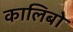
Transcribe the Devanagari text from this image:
कालिबो